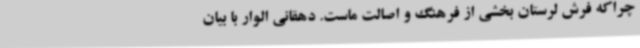
چراکه فرش لرستان بخشی از فرهنگ و اصالت ماست. دهقانی الوار با بیان